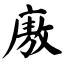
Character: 廒